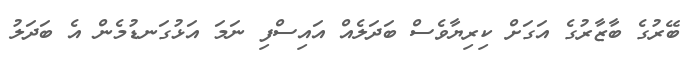
ބޭރުގެ ބާޒާރުގެ އަގަށް ކިރިޔާވެސް ބަދަލެއް އައިސްފި ނަމަ އަޅުގަނޑުމެން އެ ބަދަލު